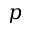
p